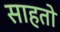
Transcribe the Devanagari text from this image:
साहतो